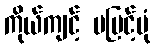
ကိုယ်ကျင့် မမြင့်ပုံ